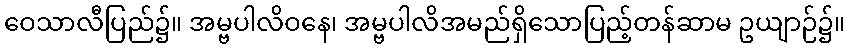
ဝေသာလီပြည်၌။ အမ္ဗပါလိဝနေ၊ အမ္ဗပါလိအမည်ရှိသောပြည့်တန်ဆာမ ဥယျာဉ်၌။